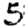
Digit: 5